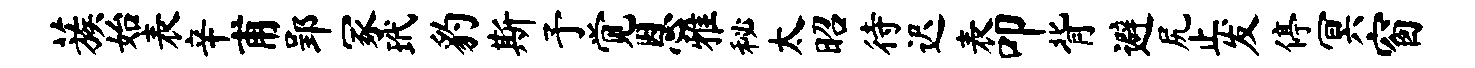
蔟始表辛甫郢冢玳豹斯予觉恩雅秘太昭待迟表叩背避尻止发停冥窗